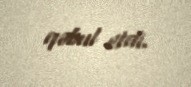
qəbul etdi.